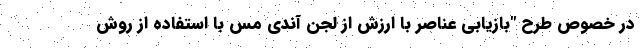
در خصوص طرح "بازیابی عناصر با ارزش از لجن آندی مس با استفاده از روش